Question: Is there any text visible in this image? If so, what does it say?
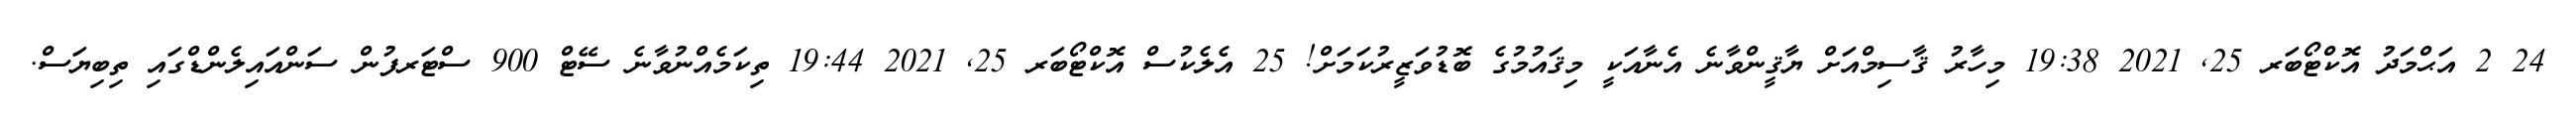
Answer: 24 2 އަޙްމަދު އޮކްޓޯބަރ 25, 2021 19:38 މިހާރު ޤާސިމްއަށް ޔާޤީންވާނެ އެނާއަކީ މިޤައުމުގެ ބޮޑުވަޒީރުކަމަށް! 25 އެލެކުސް އޮކްޓޯބަރ 25, 2021 19:44 ތިކަމެއްނުވާނެ ސޭޓް 900 ސްޓަރފުން ސަންއައިލެންޑްގައި ތިބިޔަސް.